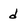
Character: d